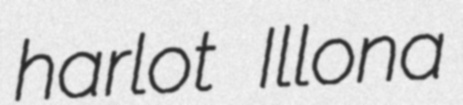
harlot Illona